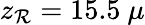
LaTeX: z_{\mathcal{R}}=15.5~\mu